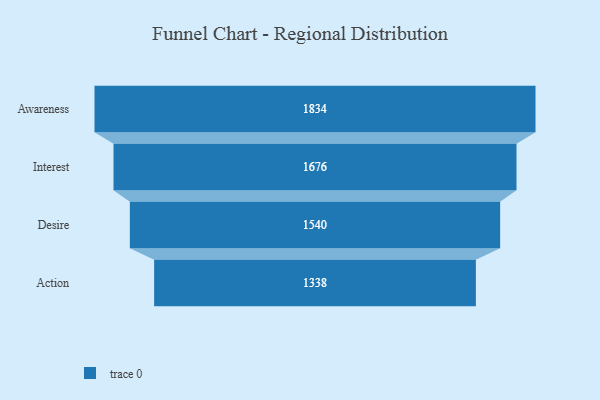
{"axis": {"x": "Stage", "y": "Value"}, "legend": [""], "data": [{"x": "Awareness", "y": 1834.0, "type": ""}, {"x": "Interest", "y": 1676.0, "type": ""}, {"x": "Desire", "y": 1540.0, "type": ""}, {"x": "Action", "y": 1338.0, "type": ""}]}